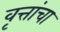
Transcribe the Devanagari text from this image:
वृत्तांचा